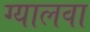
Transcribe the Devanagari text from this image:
ग्यालवा